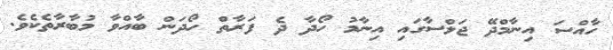
ހާއްސަ އިނާމްދޭ ޖަލްސާގައި އިނާމު ހޯދާ ދެ ފަރާތް ހޯދަން ބާއްވާ މުބާރާތެކެވެ.